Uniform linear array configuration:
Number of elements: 48
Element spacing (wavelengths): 1
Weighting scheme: hamming
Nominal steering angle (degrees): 30
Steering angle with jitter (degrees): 28.468
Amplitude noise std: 0.05
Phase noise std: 0.05

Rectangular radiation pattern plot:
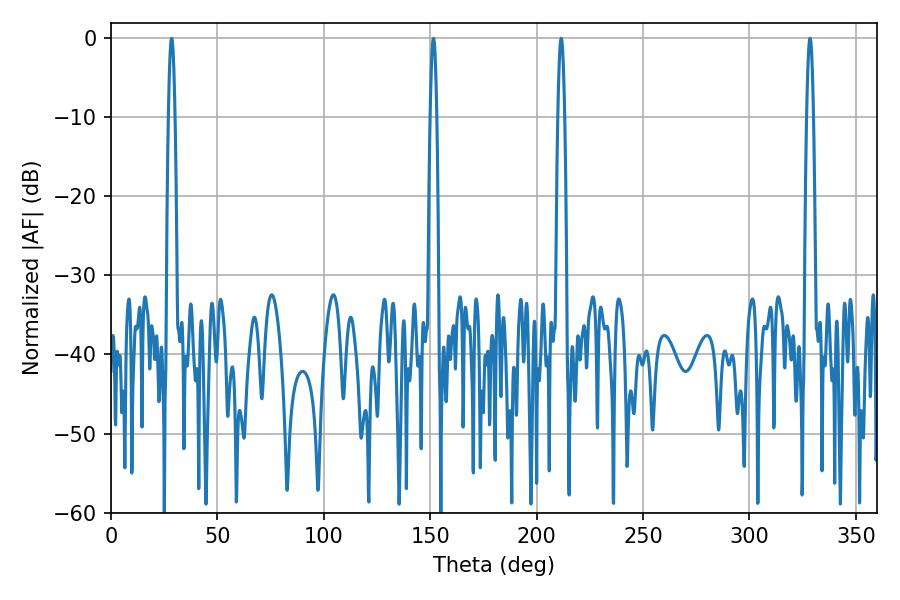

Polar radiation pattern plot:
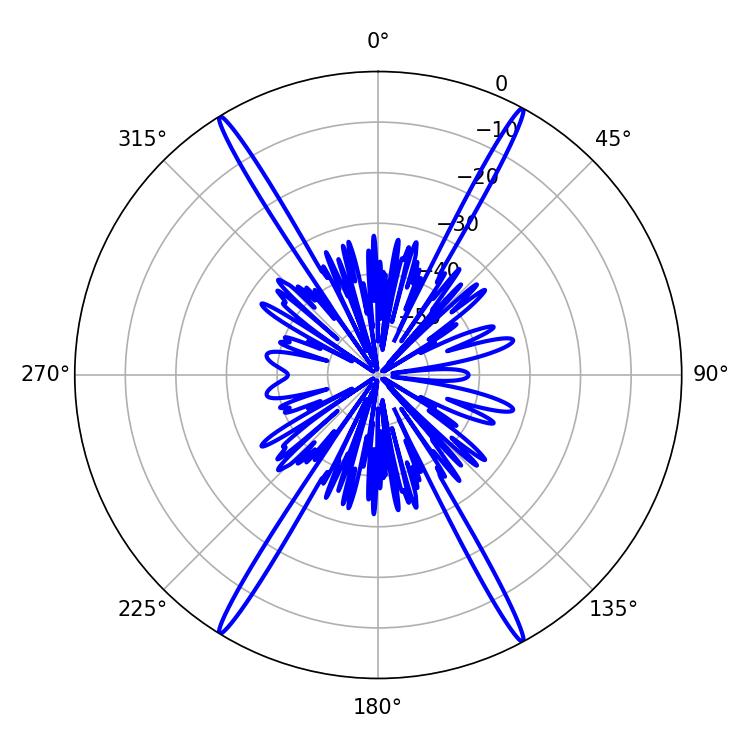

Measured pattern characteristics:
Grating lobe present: TRUE
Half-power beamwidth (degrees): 1.62
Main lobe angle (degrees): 211.5